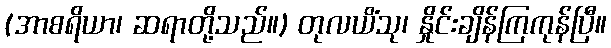
(အာစရိယာ၊ ဆရာတို့သည်။) တုလယိံသု၊ နှိုင်းချိန်ကြကုန်ပြီ။